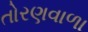
તોરણવાળા